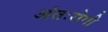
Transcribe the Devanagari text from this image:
अंतःरोगी